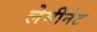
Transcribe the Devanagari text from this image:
लेमीनेट